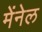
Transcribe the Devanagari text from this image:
मेंनेल